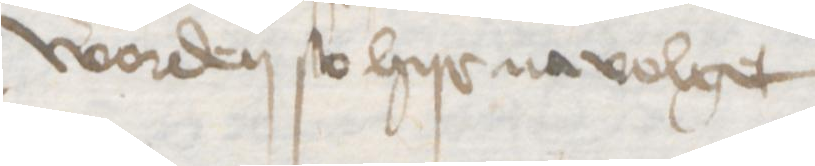
worden so hyr na volget